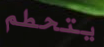
يتحطم